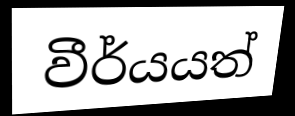
වීර්යයත්